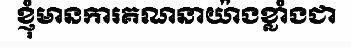
ខ្ញុំមានការគណនាយ៉ាងខ្លាំងជា